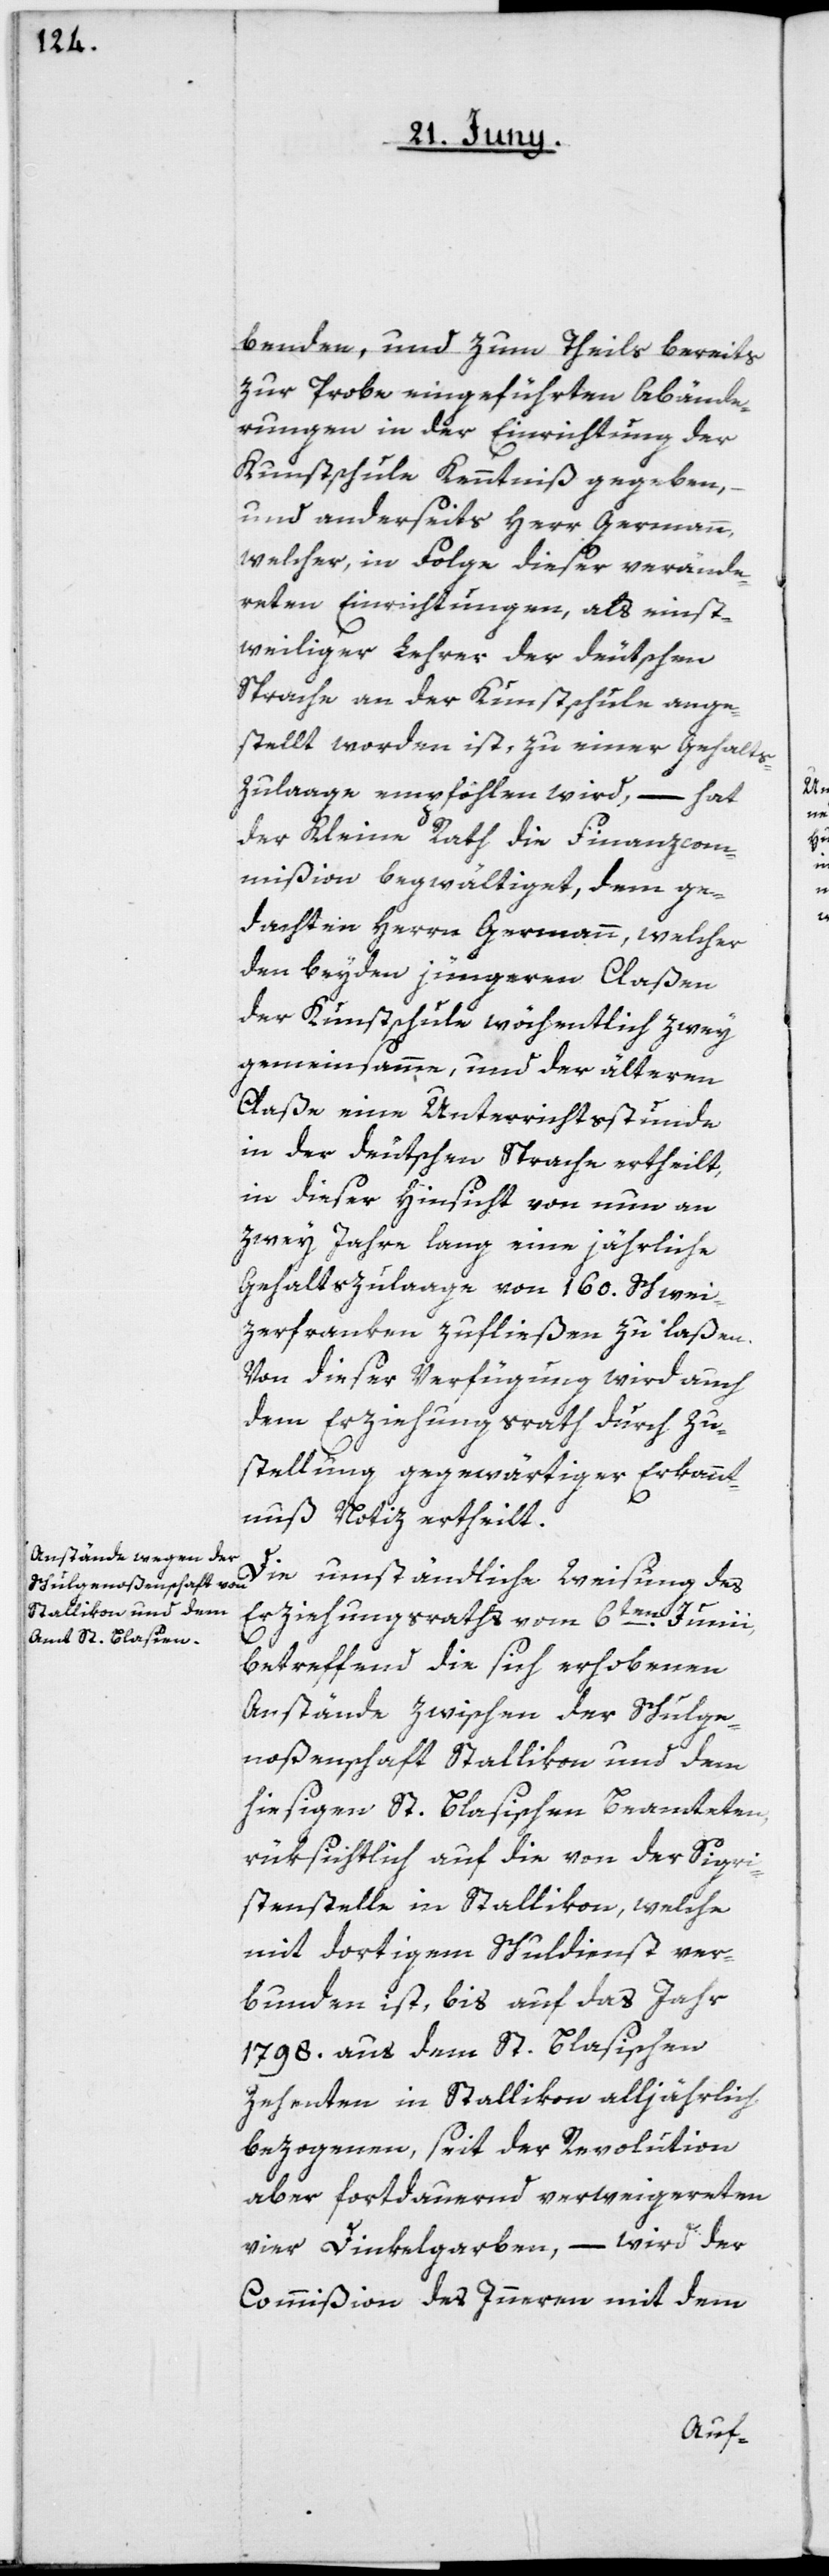
benden, und zum Theil bereits
zur Probe eingeführten Abände¬
rungen in der Errichtung der
Kunstschule Kenntniß gegeben,
und anderseits Herr Germann,
welcher in Folge dieser verände¬
rten Einrichtungen, als einst¬
weiliger Lehrer der deutschen
Sprache an der Kunstschule ange¬
stellt worden ist, zu einer Gehalts¬
zulaage empfohlen wird, – hat
der Kleine Rath die Finanzcom¬
mißion begwältiget, dem ge¬
dachten Herrn Germann, welcher
den beyden jüngeren Claßen
der Kunstschule wöchentlich zwey
gemeinsamme, und der älteren
Claße eine Unterrichtsstunde
in der deutschen Sprache ertheilt,
in dieser Hinsicht von nun an
zwey Jahre lang eine jährliche
Gehaltszulage von 160. Schwei¬
zerfranken zufließen zu laßen.
Von dieser Verfügung wird auch
dem Erziehungsrath durch Zu¬
stellung gegenwärtiger Erkannt¬
nuß Notiz ertheilt.
Die umständliche Weisung des
Erziehungsraths vom 6ten Junii,
betreffend die sich erhobenen
Anstände zwischen der Schulge¬
noßenschaft Stallikon und dem
hiesigen St. Blasischen Beamteten,
rüksichtlich auf die von der Sigri¬
stenstelle in Stallikon, welche
mit dortigem Schuldienst ver¬
bunden ist, bis auf das Jahr
1798. aus dem St. Blasischen
Zehenten in Stallikon alljährlich
bezogenen, seit der Revolution
aber fortdauernd verweigerten
vier Dinkelgarben, – wird der
Commißion des Innern mit dem